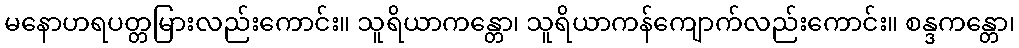
မနောဟရပတ္တမြားလည်းကောင်း။ သူရိယာကန္တော၊ သူရိယာကန်ကျောက်လည်းကောင်း။ စန္ဒကန္တော၊